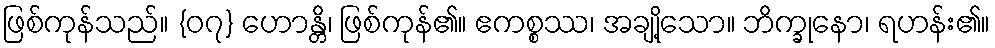
ဖြစ်ကုန်သည်။ {၀၇} ဟောန္တိ၊ ဖြစ်ကုန်၏။ ဧကစ္စဿ၊ အချို့သော။ ဘိက္ခုနော၊ ရဟန်း၏။